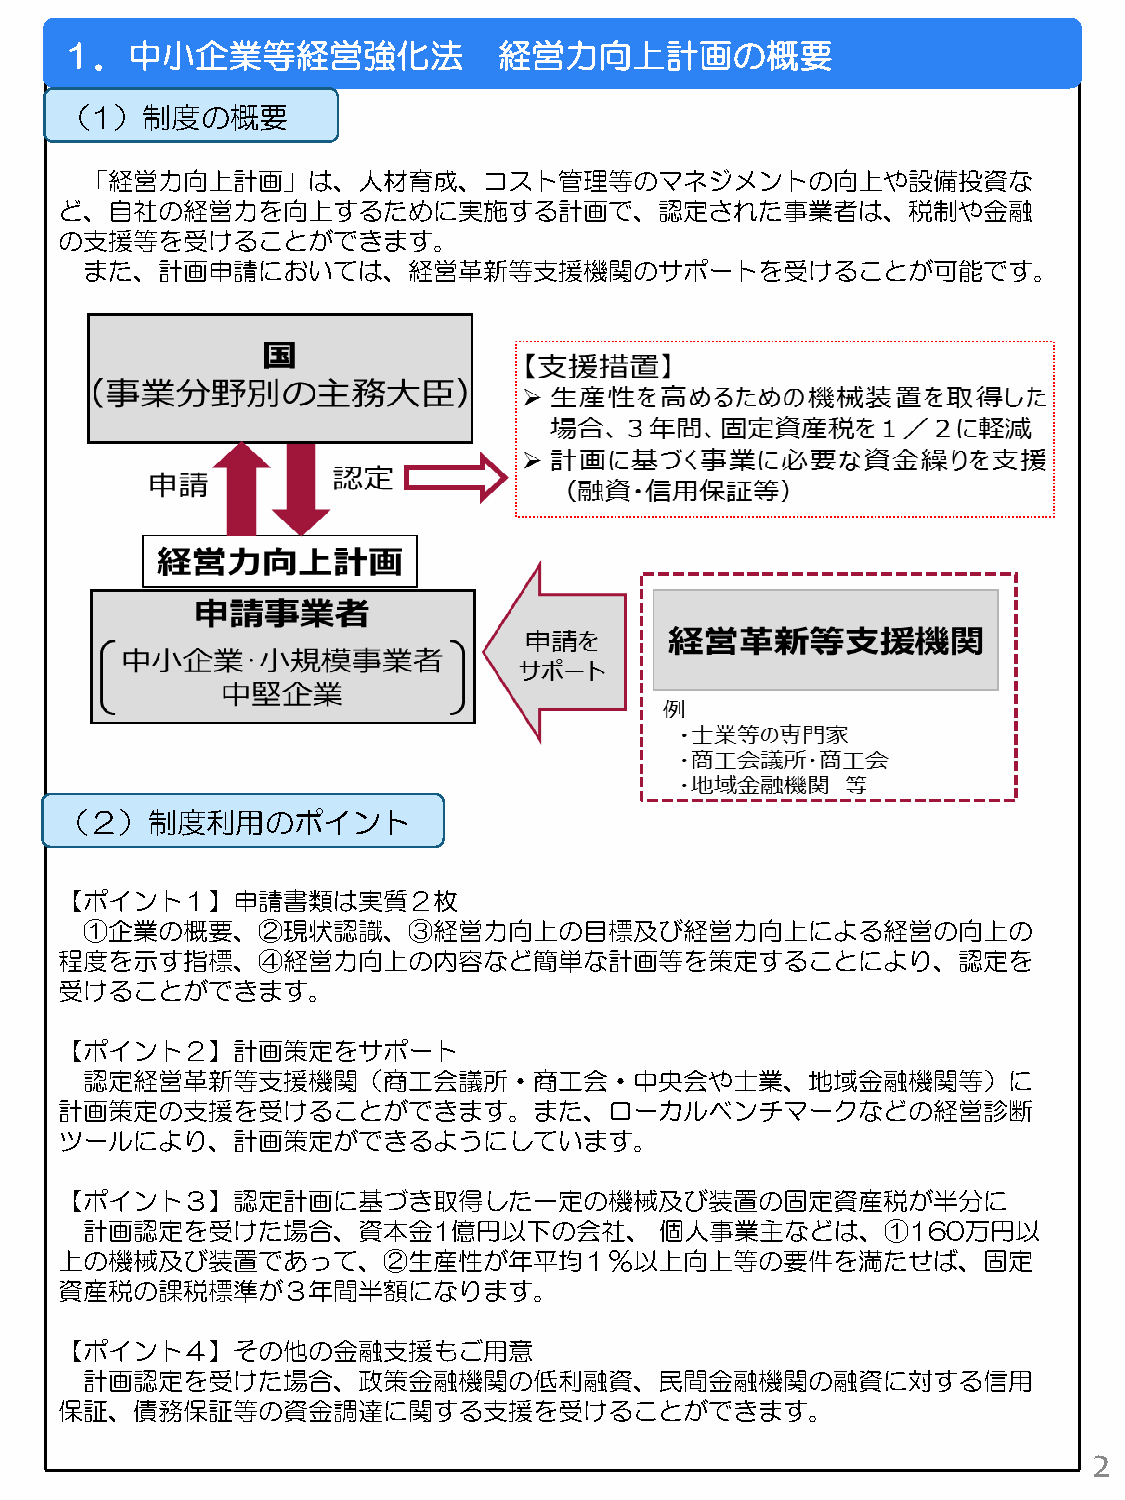
１．中小企業等経営強化法                 経営力向上計画の概要
 （1）制度の概要
 「経営力向上計画」は、人材育成、コスト管理等のマネジメントの向上や設備投資な
 ど、自社の経営力を向上するために実施する計画で、認定された事業者は、税制や金融
 の支援等を受けることができます。
 また、計画申請においては、経営革新等支援機関のサポートを受けることが可能です。
 （２）制度利用のポイント
 【ポイント１】申請書類は実質２枚
 ①企業の概要、②現状認識、③経営力向上の目標及び経営力向上による経営の向上の
 程度を示す指標、④経営力向上の内容など簡単な計画等を策定することにより、認定を
 受けることができます。
 【ポイント２】計画策定をサポート
 認定経営革新等支援機関（商工会議所・商工会・中央会や士業、地域金融機関等）に
 計画策定の支援を受けることができます。また、ローカルベンチマークなどの経営診断
 ツールにより、計画策定ができるようにしています。
 【ポイント３】認定計画に基づき取得した一定の機械及び装置の固定資産税が半分に
 計画認定を受けた場合、資本金1億円以下の会社、                個人事業主などは、①160万円以
 上の機械及び装置であって、②生産性が年平均１％以上向上等の要件を満たせば、固定
 資産税の課税標準が３年間半額になります。
 【ポイント４】その他の金融支援もご用意
 計画認定を受けた場合、政策金融機関の低利融資、民間金融機関の融資に対する信用
 保証、債務保証等の資金調達に関する支援を受けることができます。
 2